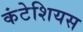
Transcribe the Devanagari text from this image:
कंटेशियस